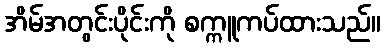
အိမ်အတွင်းပိုင်းကို စက္ကူကပ်ထားသည်။